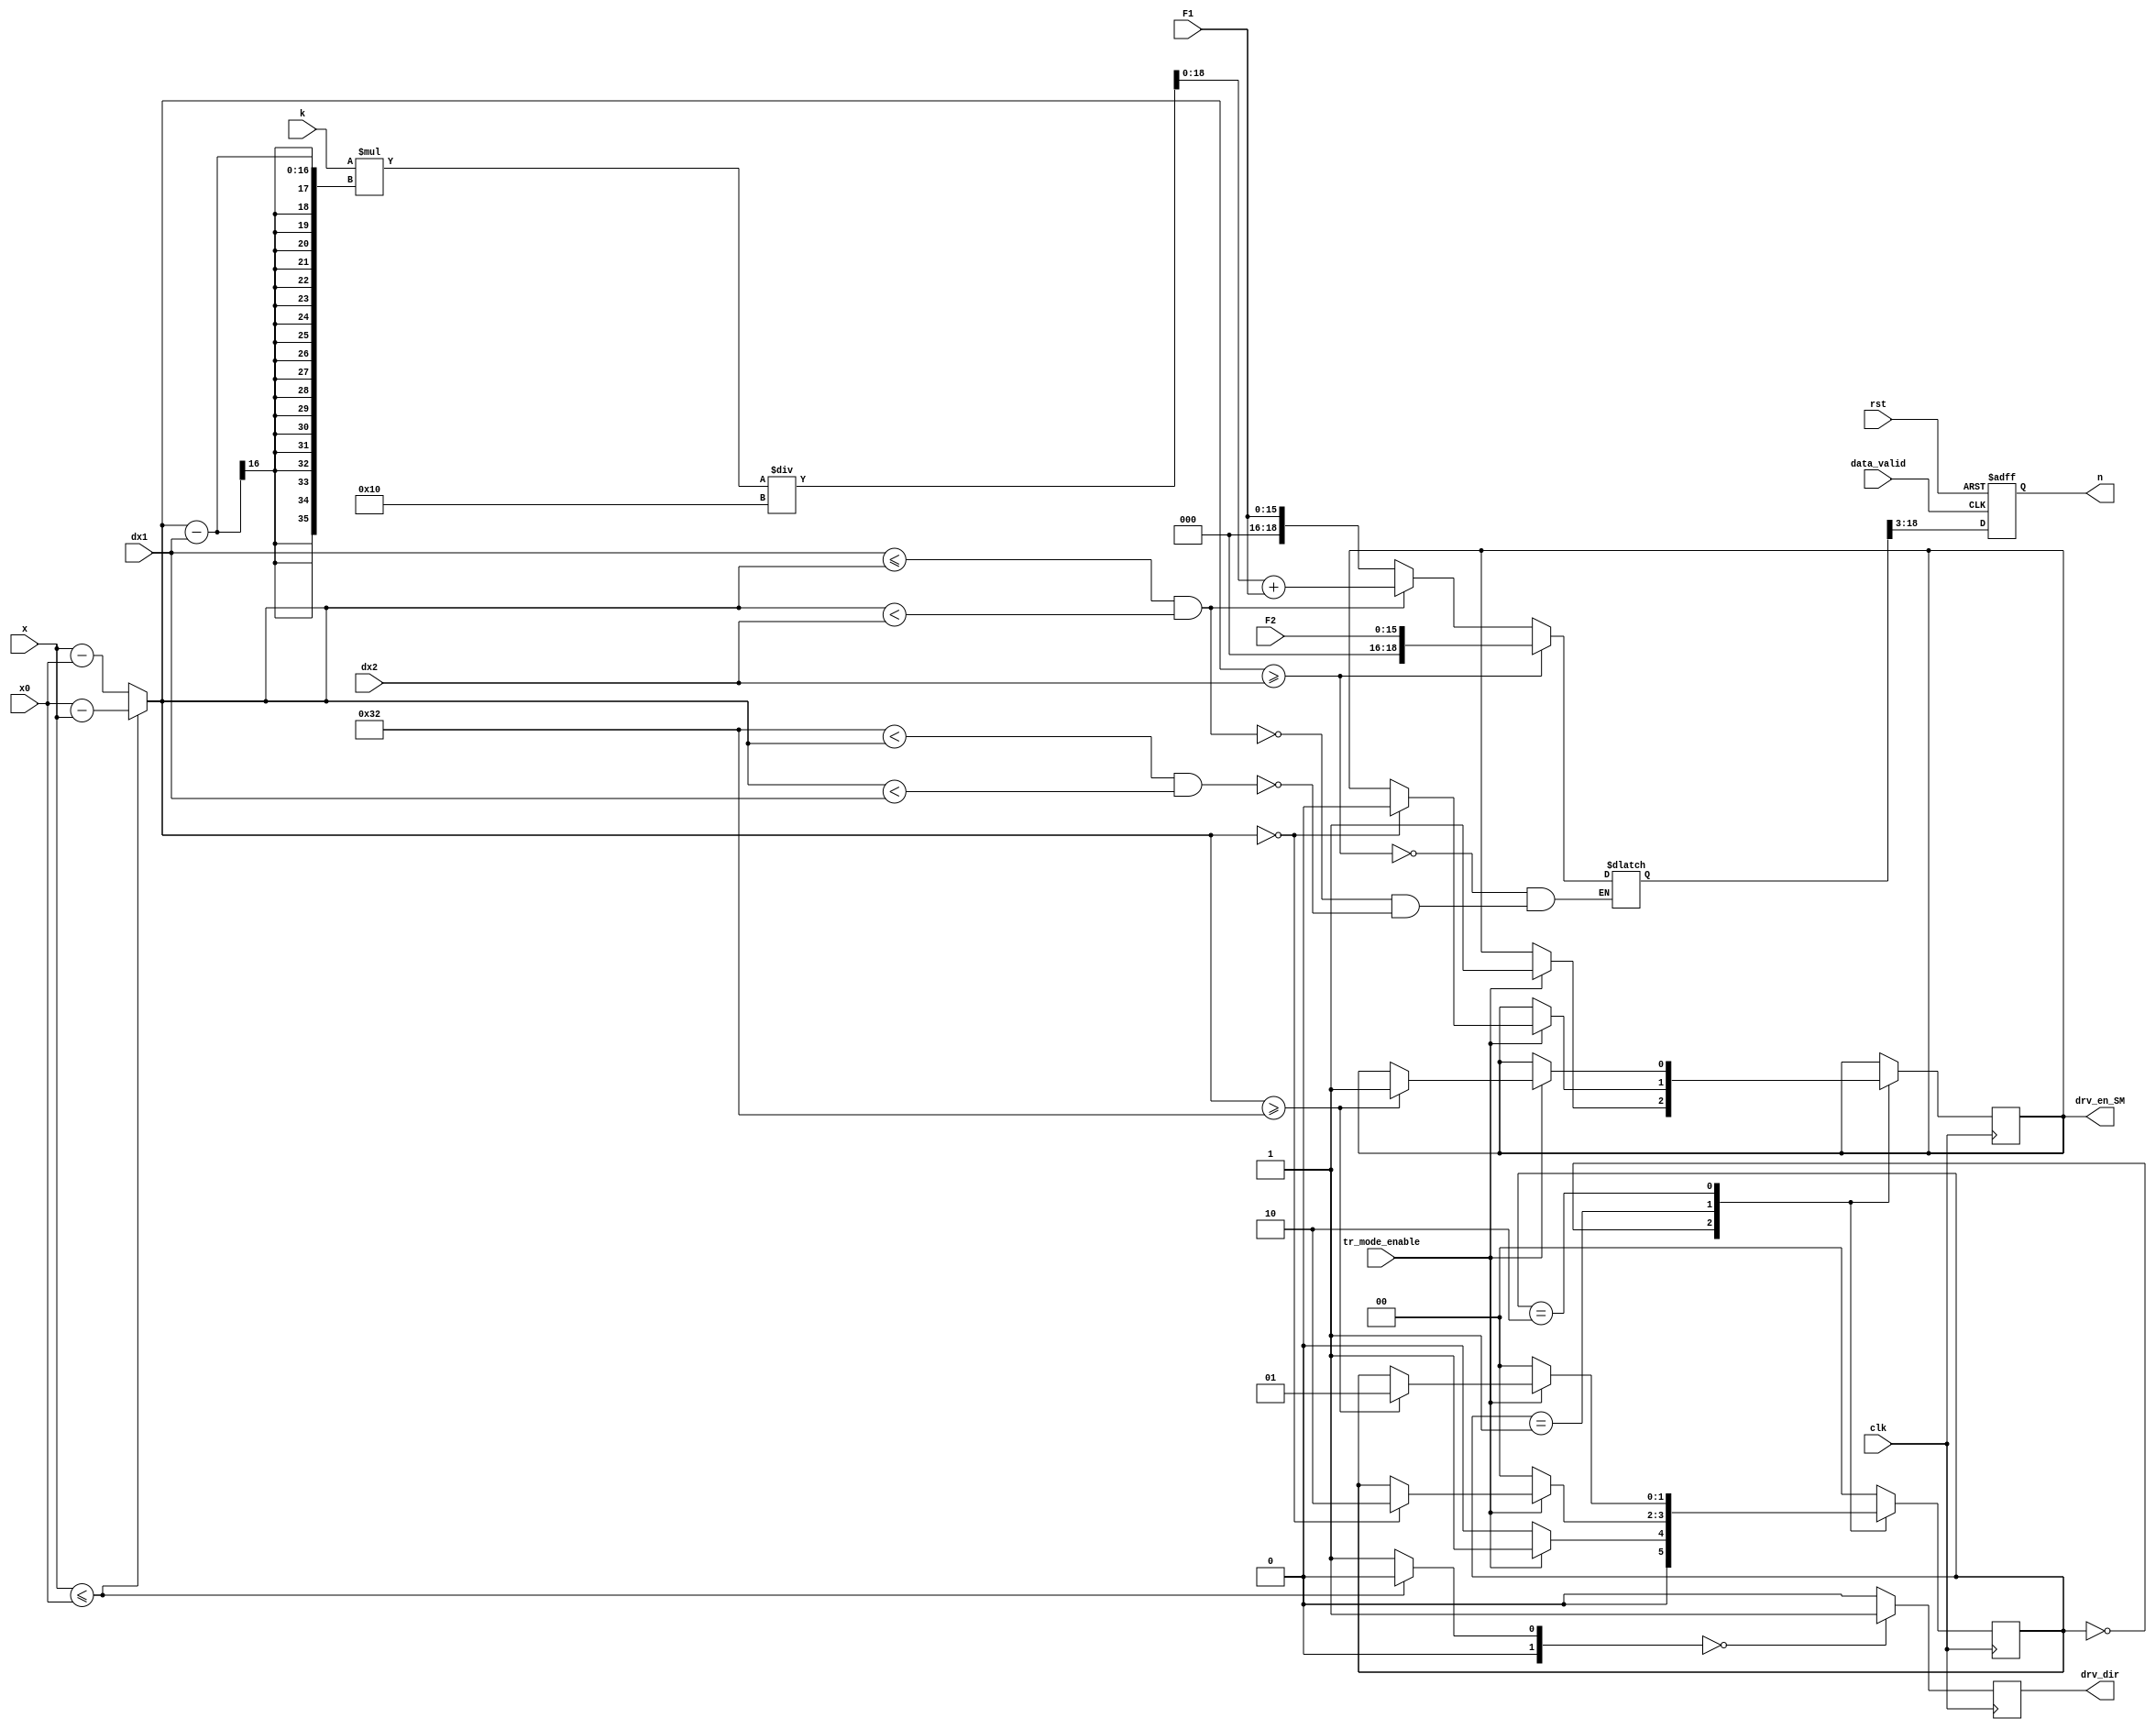
module TR
#(
parameter  WIDTH_IN        = 12,   // x,x0,dx
parameter  WIDTH_WORK      = 16,   // dx1,dx2,v1,v2,v,N,count 
parameter  WIDTH_PULSE     = 32,   // for N_async

parameter  DEADZONE        = 50,   // stepmotor does not react, dx in DEAD ZONE
parameter  CONST           = 0,    // dx->0 = dx->const
parameter  L               = 16
)

(
output reg [WIDTH_WORK-1:0]    n, 			  // after d-trigger (write or not data)  

output reg                     drv_dir,       // direction 
                       		   drv_en_SM,  // inner signal, enable work SM	

//----------- input control signals ------------------------------------------
input wire          		   clk,            // 50 MHz
                   	 		   data_valid,     // from ADC reading data
                    		   tr_mode_enable, // enable signal, outsignal
                    		   rst,            // reset
//-------------------------------------------------------------------------------
input [WIDTH_IN-1:0]    	   x0,             // TABLE

input [WIDTH_WORK-1:0]  	   x,              // ADC
          					   dx1, 
							   dx2,  
          					   F1,
							   F2, 					
							   k 			  //[19:0]
);

reg [WIDTH_WORK-1:0]    	   dx,            // dx=x-x0
          					   count;   
reg [WIDTH_PULSE+3:0]          n_async;       // amount of pulse [35:0]
     
 
reg [1:0]               	   c;                    

reg [1:0]               	   state=0;       // read data from ADC

localparam
STARTING      = 0,   // state 1 - on/off
TO_ZERO       = 1,   // state 2 - dx->0
LEAVING_DZ    = 2;   // state 3 - dx in deadzone


//-------------------------- ON/OFF WORK ------------------------------------------------------------------------------------
always@(posedge clk)
begin
case(state)
  
  STARTING:    // state 1 - on/off
  begin
    if(tr_mode_enable==1)
      begin
        state<=TO_ZERO;     	           
        drv_en_SM <= 1;
      end 
    else begin
      state<=STARTING;
    end
  end 
  
  TO_ZERO:     // state 2 - dx->0
  begin
     if (tr_mode_enable==0)
          begin
            state<=STARTING;            
          end       
     else if(dx==0)
          begin
            state<=LEAVING_DZ;               
            drv_en_SM <= 0;
          end 
   end
  
   LEAVING_DZ: // state 3 - dx=0 deadzone
   begin
      if (tr_mode_enable==0)
          begin
            state<=STARTING;            
          end   
     else if (dx>=DEADZONE)
          begin
            state<=TO_ZERO;             
            drv_en_SM <= 1;
          end 
   end    

default
  state<=STARTING;                       
endcase     
end
//-----------------------------------------------------------------------------------------------------------------------------


//------------------------------	number sign ---------------------------------------------------------------------------------
	always @(*)
	begin
	  if (x<=x0)
	    begin
	      dx=x0-x;
	      c=0;
	      end
	   else 
	   begin
	     dx=x-x0;
	     c=1;
	   end   
	  end
//------------------------------------------------------------------------------------------------------------------------------	          


//------------------ determination of direction --------------------------------------------------------------------------------	
always@(posedge clk)  // check direction 
	    begin 
	      if (c==0)
	        begin
		          drv_dir<=1;
	         end   
	     else
	         begin 
		          drv_dir<=0; 
	     	   end     	   
  end 
//-------------------------------------------------------------------------------------------------------------------------------


//------------ finding N-async (number of pulse)----------------------------------------------------------------------------------------------
always@(*)                 
begin     // check position of dx
		if (dx>=dx2)                          
		  begin                                  
				n_async<=F2;
			end
	
		else if( (dx1<=dx) && (dx<dx2))
			begin                           
				n_async<=((k*(dx-dx1))/L)+F1;
			end	
		
	 else if ((DEADZONE<dx) && (dx<dx1))
			begin                                
				n_async<=F1;
			end					
end
//------------------------------------------------------------------------------------------------------------------------------------------


//--------------------------- d-trigger for N (needed period)---------------------------------------------------------------------------------------
always@(posedge data_valid or posedge rst)  //cheak a condition
begin
	if(rst)
		begin
			n<=0; 		                    // not write data
		end	
	else if (data_valid==1)
		begin
			n<=n_async[19:3];	            // write data
		end
end
//-----------------------------------------------------------------------------------------------------------------------------	


endmodule